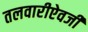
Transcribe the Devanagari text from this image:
तलवारीऐवजी